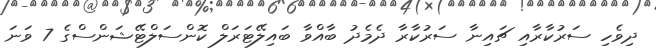
ދިވެހި ސަރުކާރާއި ޗައިނާ ސަރުކާރާ ދެމެދު ބާއްވާ ބައިލޭޓަރަލް ކޮންސަލްޓޭޝަންސްގެ 7 ވަނަ